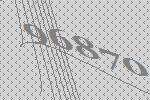
96870